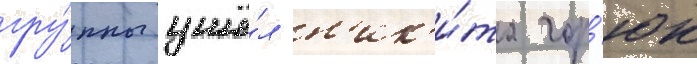
гру́ппы ушё́л н'ик'и́та гор'юк